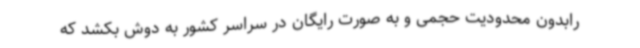
رابدون محدودیت حجمی و به صورت رایگان در سراسر کشور به دوش بکشد که